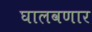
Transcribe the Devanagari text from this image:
घालवणार